system: You are a helpful assistant.
user:
Analyze the provided spectrum to determine if it is a **"Cataclysmic Variables (CV)"**.

- **Key Indicators for CV (Check for either state):**
    - **State 1: Quiescent / Low-State (Emission-Dominated)**
        - **(Primary):** Strong and *very broad* Hydrogen Balmer emission lines (e.g., $H\alpha$ at 6563 Å, $H\beta$ at 4861 Å). The 'broadness' (high velocity dispersion, often FWHM > 1000 km/s) is the key diagnostic, indicating a high-velocity accretion disk.
        - **(Secondary):** Broad neutral Helium (He I) emission lines (e.g., 5876 Å, 6678 Å).
        - **(Key Confirmation):** Presence of high-excitation *ionized* Helium (He II) emission at 4686 Å. This is a strong indicator of accretion onto a white dwarf.
        - **(Line Profile):** Emission lines may exhibit a 'double-peaked' profile, which is a classic signature of a rotating accretion disk viewed at high inclination.

    - **State 2: Outburst / High-State (Absorption-Dominated)**
        - **(Primary):** Spectrum is dominated by a bright, blue continuum (looks like a hot star).
        - **(Secondary):** The emission lines from State 1 are weak, absent, or 'filled in', and are replaced by broad, shallow *absorption* lines (primarily Balmer and He I).
        - **(Morphology):** The overall spectrum mimics a hot B/A-type star. The crucial difference is that the absorption lines are significantly broader, shallower, and more 'washed-out' (or 'smeared') than the sharp lines of a normal stellar photosphere, due to high rotational speeds and pressure broadening in the disk.

Think first, call **spectral_visualization_tool** if needed to examine features in detail, then provide your final answer. Your response must adhere to the following strict rules:
1.  **Overall Structure:** Your response must follow the format `<think>...</think> <tool_call>...</tool_call> (if a tool is used) <answer>...</answer>`.
2.  **Tool Usage Constraint:** You may only make **one** tool call per turn.
3.  **Final Answer Format:** In the `<answer>` tag, your conclusion must be inside a `\boxed{}` command (e.g., `\boxed{YES}`), followed by your justification.

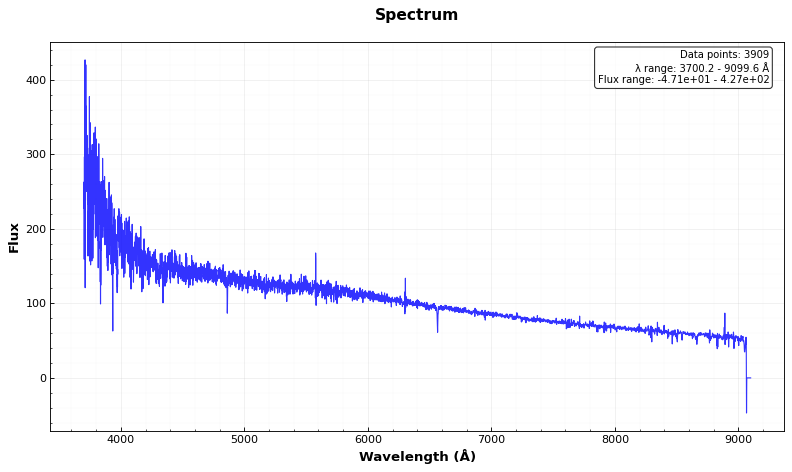
Answer: NO